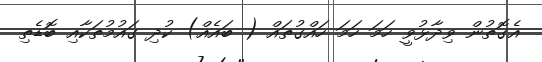
އެގޮތުން ވިދާޅުވީ ހަމަ ހަމަ ހައްގުތައް ( ބައެއް) ކުދި ގައުމުތަކާއި ބޮޑެތި